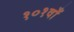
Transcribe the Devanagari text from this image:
१०१वाँ